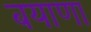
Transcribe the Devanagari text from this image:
बयाणा